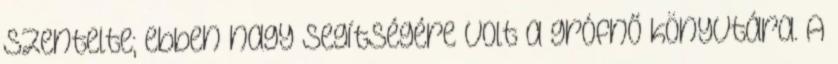
szentelte; ebben nagy segítségére volt a grófnő könyvtára. A